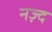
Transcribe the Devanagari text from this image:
नज़्द